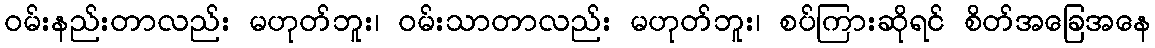
ဝမ်းနည်းတာလည်း မဟုတ်ဘူး၊ ဝမ်းသာတာလည်း မဟုတ်ဘူး၊ စပ်ကြားဆိုရင် စိတ်အခြေအနေ